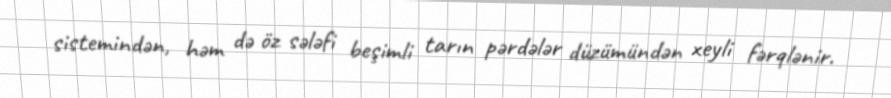
sistemindən, həm də öz sələfi beşimli tarın pərdələr düzümündən xeyli fərqlənir.